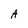
Character: A